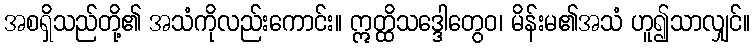
အစရှိသည်တို့၏ အသံကိုလည်းကောင်း။ ဣတ္ထိသဒ္ဒေါတွေဝ၊ မိန်းမ၏အသံ ဟူ၍သာလျှင်။